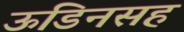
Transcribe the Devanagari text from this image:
ऊडिनसह